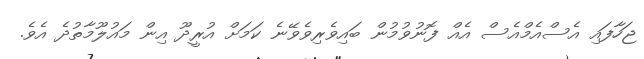
ޖަހާފައި އެސްއެމްއެސް އެއް ފޮނުވުމުން ބައިވެރިވެވޭނެ ކަމަށް އުރީދޫ އިން މައުލޫމާތުދެ އެވެ.